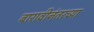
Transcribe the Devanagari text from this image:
बारावीनंतरच्या